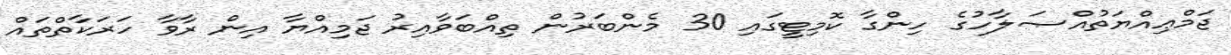
ޖަމްޢިއްޔަތުއްޞަލާހުގެ ހިންގާ ކޮމިޓީގައި 30 މެންބަރުން ތިއްބަވާއިރު ޖަމިއްޔާ އިން ރާވާ ހަރަކާތްތައް